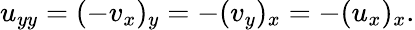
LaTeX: u_{yy}=(-v_{x})_{y}=-(v_{y})_{x}=-(u_{x})_{x}.